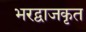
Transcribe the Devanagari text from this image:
भरद्वाजकृत